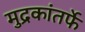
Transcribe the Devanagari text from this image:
मुद्रकांतर्फे